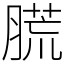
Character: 䐠